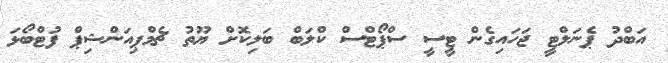
އަބްދު ޕެނަލްޓީ ޖަހައިގެން ޓީސީ ސްޕޯޓްސް ކްލަބް ބަލިކޮށް ޔޫތު ޗެމްޕިއަންޝިޕް ފުޓްބޯޅަ